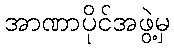
အာဏာပိုင်အဖွဲ့မှ